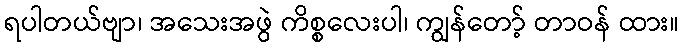
ရပါတယ်ဗျာ၊ အသေးအဖွဲ ကိစ္စလေးပါ၊ ကျွန်တော့် တာဝန် ထား။